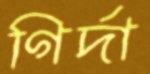
গির্দা